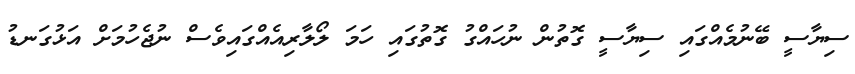
ސިޔާސީ ބޭނުމެއްގައި ސިޔާސީ ގޮތުން ނުހައްގު ގޮތުގައި ހަމަ ލޯލާރިއެއްގައިވެސް ނުޖެހުމަށް އަޅުގަނޑު